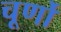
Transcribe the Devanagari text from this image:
चूर्णो